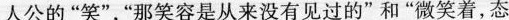
人公的“笑”，“那笑容是从来没有见过的”和“微笑着，态